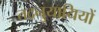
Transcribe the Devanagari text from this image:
तदनुयायियों